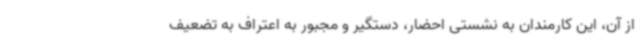
از آن، این کارمندان به نشستی احضار، دستگیر و مجبور به اعتراف به تضعیف